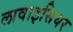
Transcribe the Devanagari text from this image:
लावाइसियर